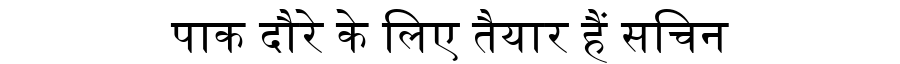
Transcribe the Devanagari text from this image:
पाक दौरे के लिए तैयार हैं सचिन